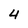
Character: 4